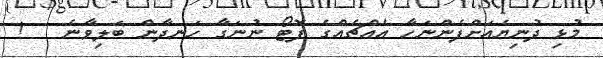
މުޅި ދުނިޔެއަށްފެންނަހާ އެއްޗެއްގެ ފޮޓޯ ނުނަގާ ހަނދާން ބަލިވާނެ   !